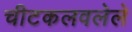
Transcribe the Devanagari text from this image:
चीटकलवलेले